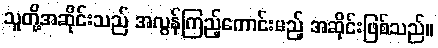
သူတို့အဆိုင်းသည် အလွန်ကြည့်ကောင်းမည့် အဆိုင်းဖြစ်သည်။